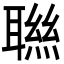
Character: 聮